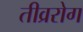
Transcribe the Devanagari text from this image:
तीव्ररोग